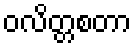
ဝလိတ္တစတာ